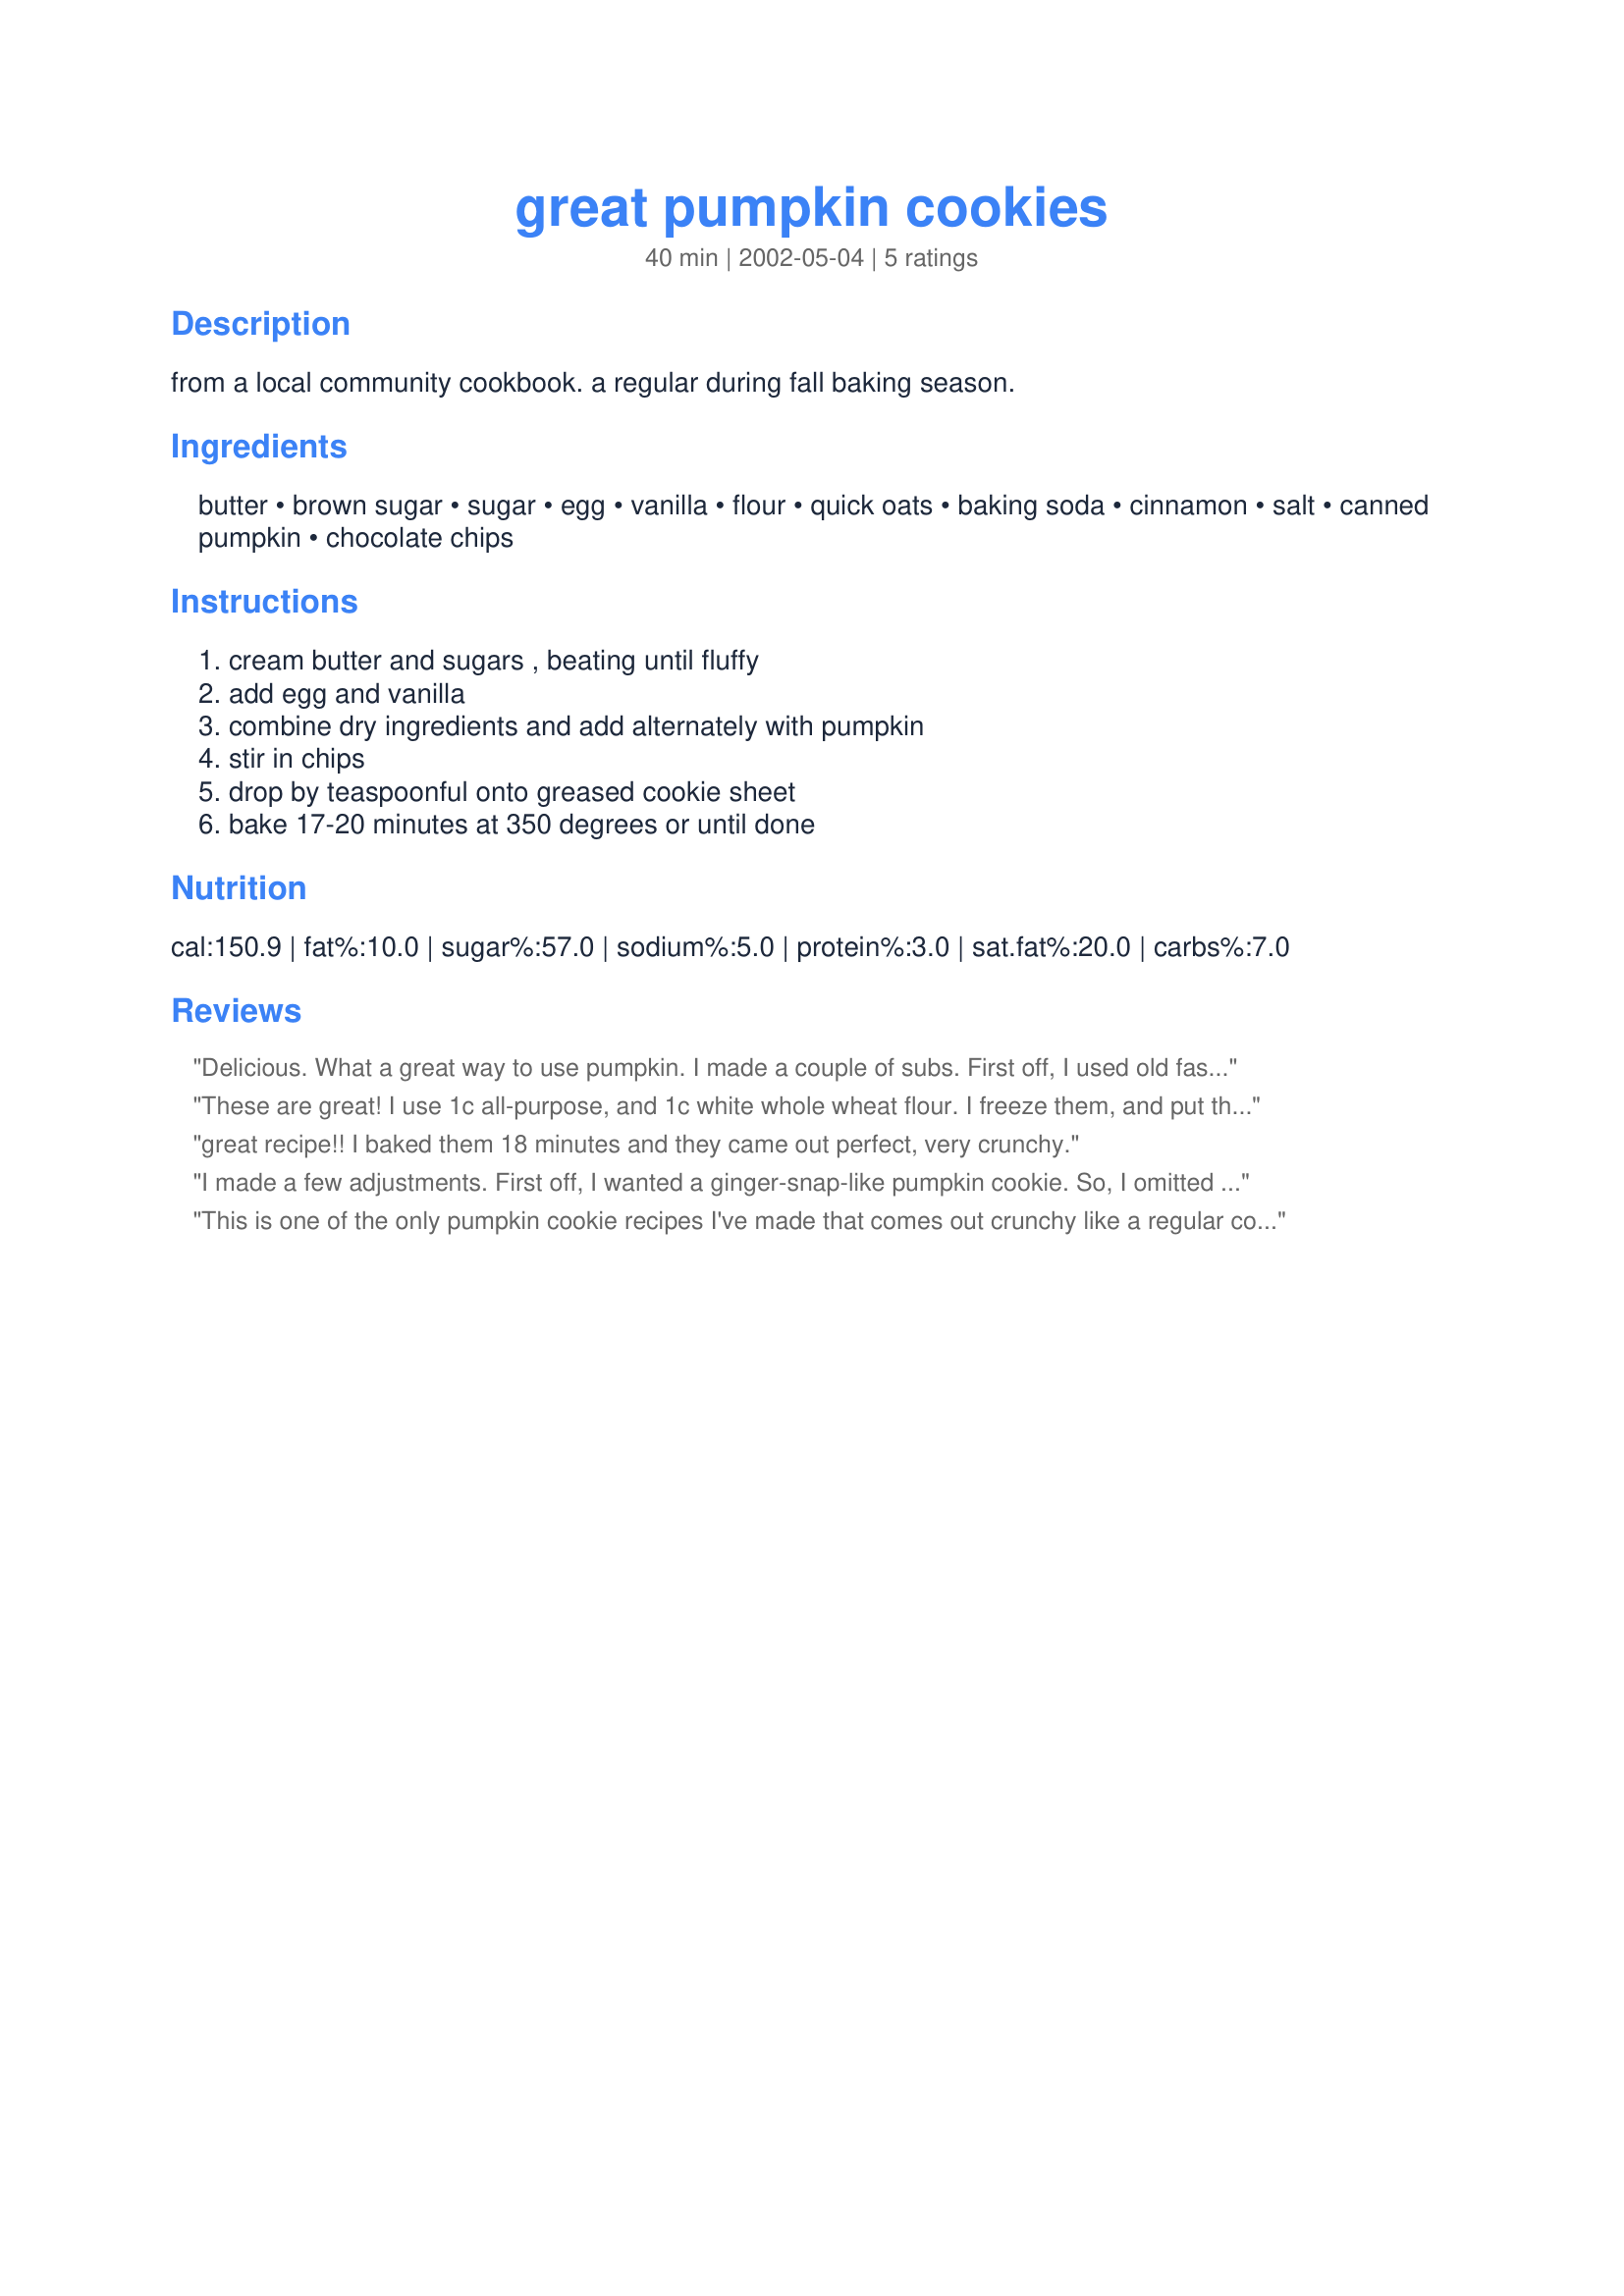
great pumpkin cookies
Preparation time: 40 minutes

from a local community cookbook. a regular during fall baking season.

Ingredients:
butter, brown sugar, sugar, egg, vanilla, flour, quick oats, baking soda, cinnamon, salt, canned pumpkin, chocolate chips

Steps:
cream butter and sugars , beating until fluffy, add egg and vanilla, combine dry ingredients and add alternately with pumpkin, stir in chips, drop by teaspoonful onto greased cookie sheet, bake 17-20 minutes at 350 degrees or until done

Reviews:
Delicious. What a great way to use pumpkin. I made a couple of subs. First off, I used old fashioned oats. I wanted my cookies to be puffy so I used butter flavored shortening and 1 1/2 teaspoon baking powder instead of the 1 teaspoon baking soda. I baked them for 17 minutes. Pumpkin, oats and chocolate, that makes it health food, right?
These are great! I use 1c all-purpose, and 1c white whole wheat flour. I freeze them, and put them in the kids' lunchboxes for a relatively healthy treat. Thanks!
great recipe!! I baked them 18 minutes and they came out perfect, very crunchy.
I made a few adjustments. First off, I wanted a ginger-snap-like pumpkin cookie. So, I omitted the chocolate chips and ground up the oats into oat flour. I used 1 c. wheat flour, 1 c. unbleached white and 2/3 c. sugar, 2/3 c. brown sugar, and 2/3 c. coconut palm sugar to make them a little healthier. I used 1 t. cinnamon, 1/2 t. allspice, 1/2 t. ginger, 1/2 t. nutmeg and 1/4 t. cloves. I'd add more next time, but not quite double... These were yummy! Crispy and chewy :
This is one of the only pumpkin cookie recipes I've made that comes out crunchy like a regular cookie rather than cakey. The longer baking time helps. Simple and yummy, the kids loved them in the lunchboxes. Thanks for sharing the recipe!
